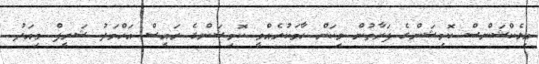
އިލެކްޝަންސް ކޮމިޝަންގެ ފަރާތުން މިކަން ހާމަކުރެއްވީ ކޮމިޝަންގެ ރައީސް އަހްމަދު ޝަރީފް މިއަދު